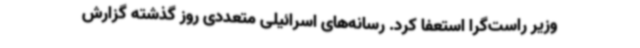
وزیر راست‌گرا استعفا کرد. رسانه‌های اسرائیلی متعددی روز گذشته گزارش